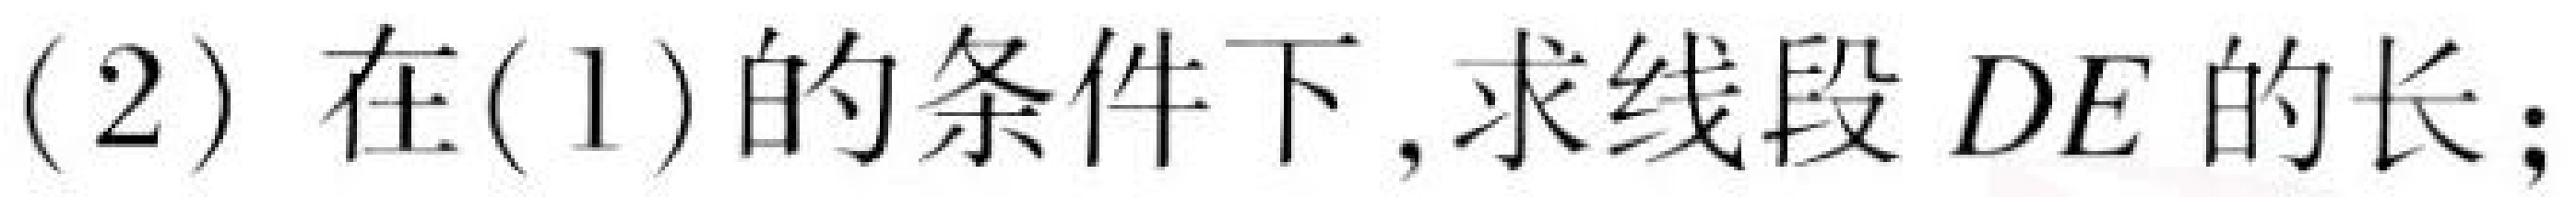
(2) 在(1)的条件下, 求线段 \(DE\) 的长;